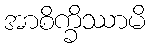
အာစိက္ခိဿာမိ